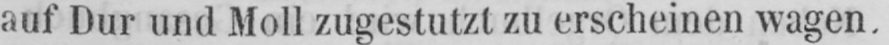
auf Dur und Moll zugestutzt zu erscheinen wagen.